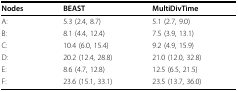
<table><thead><tr><td><b>Nodes</b></td><td><b>BEAST</b></td><td><b>MultiDivTime</b></td></tr></thead><tbody><tr><td>A:</td><td>5.3 (2.4, 8.7)</td><td>5.1 (2.7, 9.0)</td></tr><tr><td>B:</td><td>8.1 (4.4, 12.4)</td><td>7.5 (3.9, 13.1)</td></tr><tr><td>C:</td><td>10.4 (6.0, 15.4)</td><td>9.2 (4.9, 15.9)</td></tr><tr><td>D:</td><td>20.2 (12.4, 28.8)</td><td>21.0 (12.0, 32.8)</td></tr><tr><td>E:</td><td>8.6 (4.7, 12.8)</td><td>12.5 (6.5, 21.5)</td></tr><tr><td>F:</td><td>23.6 (15.1, 33.1)</td><td>23.5 (13.7, 36.0)</td></tr></tbody></table>